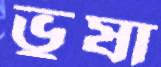
ভুষা